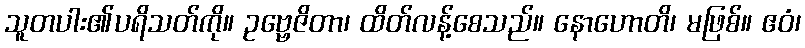
သူတပါး၏ပရိသတ်ကို။ ဥဗ္ဗေဇိတာ၊ ထိတ်လန့်စေသည်။ နောဟောတိ၊ မဖြစ်။ ဧဝံ၊